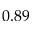
0 . 8 9